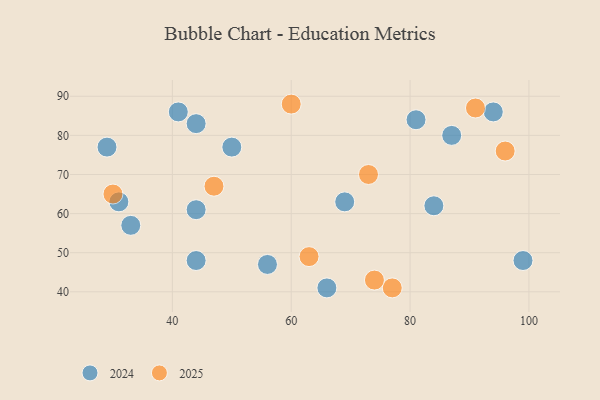
{"axis": {"x": "GDP", "y": "Life Expectancy"}, "legend": ["2024", "2025"], "data": [{"x": "47", "y": 67, "type": "2025"}, {"x": "77", "y": 41, "type": "2025"}, {"x": "96", "y": 76, "type": "2025"}, {"x": "63", "y": 49, "type": "2025"}, {"x": "91", "y": 87, "type": "2025"}, {"x": "30", "y": 65, "type": "2025"}, {"x": "73", "y": 70, "type": "2025"}, {"x": "60", "y": 88, "type": "2025"}, {"x": "74", "y": 43, "type": "2025"}, {"x": "69", "y": 63, "type": "2024"}, {"x": "44", "y": 83, "type": "2024"}, {"x": "56", "y": 47, "type": "2024"}, {"x": "84", "y": 62, "type": "2024"}, {"x": "41", "y": 86, "type": "2024"}, {"x": "29", "y": 77, "type": "2024"}, {"x": "31", "y": 63, "type": "2024"}, {"x": "99", "y": 48, "type": "2024"}, {"x": "33", "y": 57, "type": "2024"}, {"x": "44", "y": 61, "type": "2024"}, {"x": "94", "y": 86, "type": "2024"}, {"x": "50", "y": 77, "type": "2024"}, {"x": "44", "y": 48, "type": "2024"}, {"x": "66", "y": 41, "type": "2024"}, {"x": "87", "y": 80, "type": "2024"}, {"x": "81", "y": 84, "type": "2024"}]}